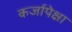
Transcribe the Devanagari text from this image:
कर्जापेक्षा